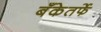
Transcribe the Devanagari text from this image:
बँकेतर्फे